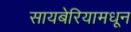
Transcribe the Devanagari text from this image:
सायबेरियामधून